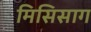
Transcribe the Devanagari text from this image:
मिसिसाग